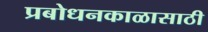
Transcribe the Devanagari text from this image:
प्रबोधनकाळासाठी